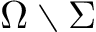
\Omega \setminus \Sigma